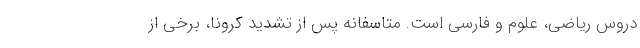
دروس ریاضی، علوم و فارسی است. متاسفانه پس از تشدید کرونا، برخی از